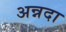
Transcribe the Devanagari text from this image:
अन्नदा